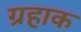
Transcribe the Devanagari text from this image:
ग्रहाक